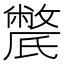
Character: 𣱔